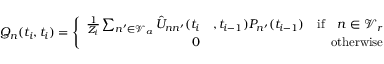
Q _ { n } ( t _ { i } , t _ { i } ) = \left\{ \begin{array} { r l r } { \frac { 1 } { Z _ { i } } \sum _ { n ^ { \prime } \in \mathcal { V } _ { a } } \hat { U } _ { n n ^ { \prime } } ( t _ { i } } & { , t _ { i - 1 } ) P _ { n ^ { \prime } } ( t _ { i - 1 } ) } & { \mathrm { i f } \quad n \in \mathcal { V } _ { r } } \\ { 0 } & { } & { \mathrm { o t h e r w i s e } } \end{array} \right.